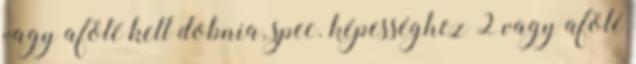
vagy afölé kell dobnia, spec. képességhez 2 vagy afölé